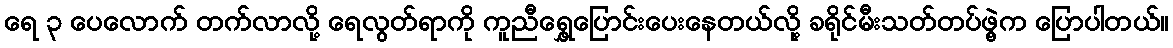
ရေ ၃ ပေလောက် တက်လာလို့ ရေလွတ်ရာကို ကူညီရွှေ့ပြောင်းပေးနေတယ်လို့ ခရိုင်မီးသတ်တပ်ဖွဲ့က ပြောပါတယ်။